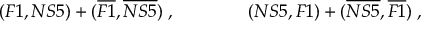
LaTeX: ( F 1 , N S 5 ) + ( \overline { { { F 1 } } } , \overline { { { N S 5 } } } ) \; , \qquad \qquad ( N S 5 , F 1 ) + ( \overline { { { N S 5 } } } , \overline { { { F 1 } } } ) \; ,